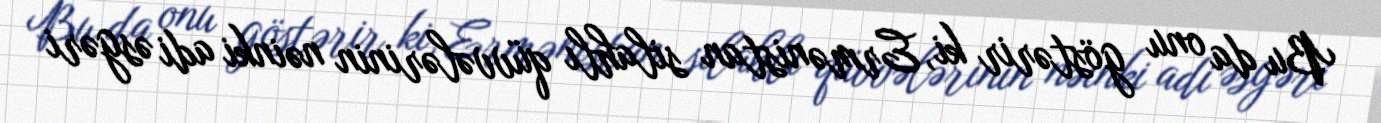
Bu da onu göstərir ki, Ermənistan silahlı qüvvələrinin nəinki adi əsgəri